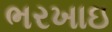
ભરખાઇ